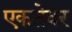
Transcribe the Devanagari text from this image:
एकतेवर